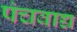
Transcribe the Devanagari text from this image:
पंचवाद्य